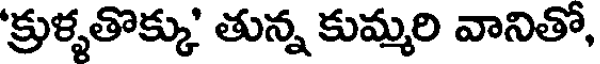
'క్రుళ్ళతొక్కు' తున్న కుమ్మరి వానితో,